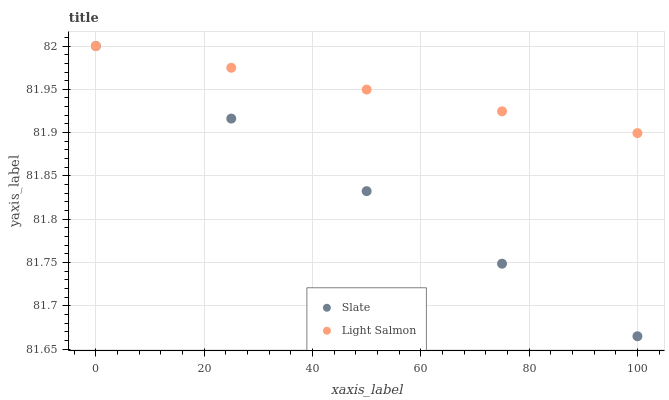
| xaxis_label | Slate | Light Salmon |
 | --- | --- | --- |
 | 0 | 82 | 82 |
 | 25 | 81.9 | 82 |
 | 50 | 81.8 | 81.9 |
 | 75 | 81.7 | 81.9 |
 | 100 | 81.7 | 81.9 |